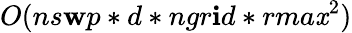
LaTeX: O(ns\mathbf{w}p*d*ngr\mathbf{i}d*rma\mathit{x}^{2})